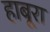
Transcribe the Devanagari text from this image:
हाबूरा